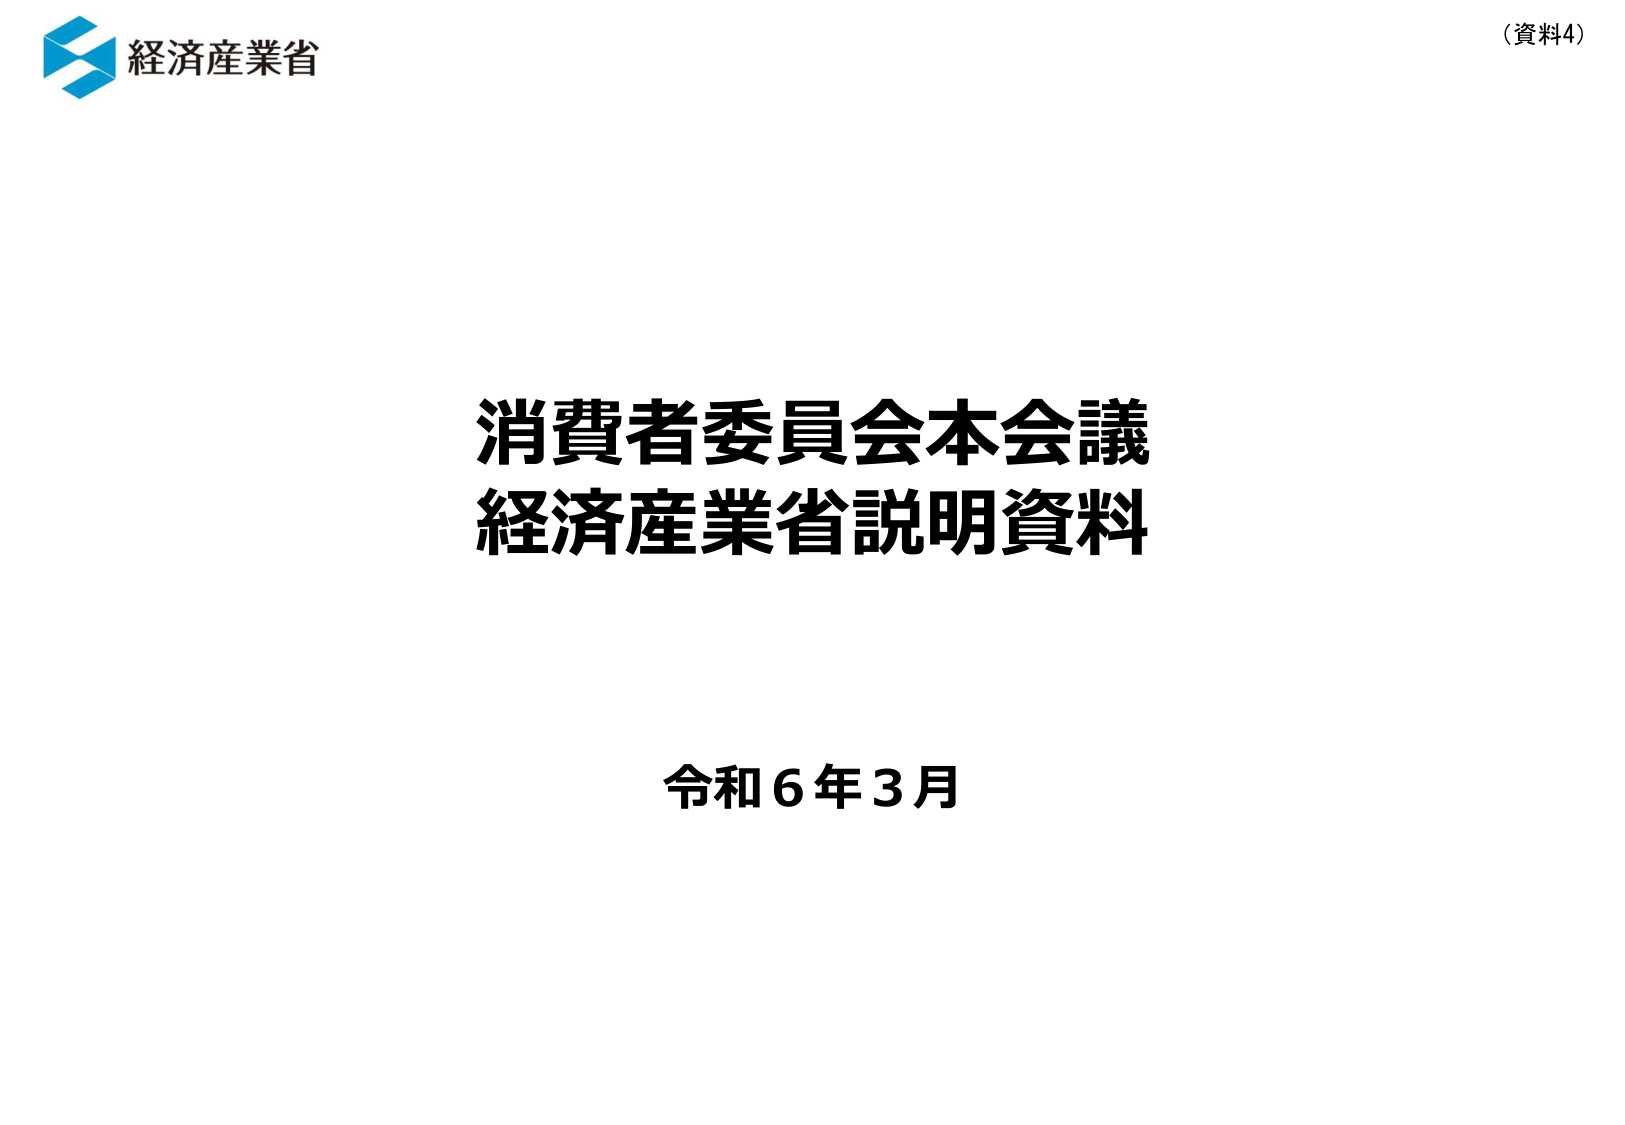
（資料4）
経済産業省
消費者委員会本会議
経済産業省説明資料
令和６年３月